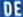
DE